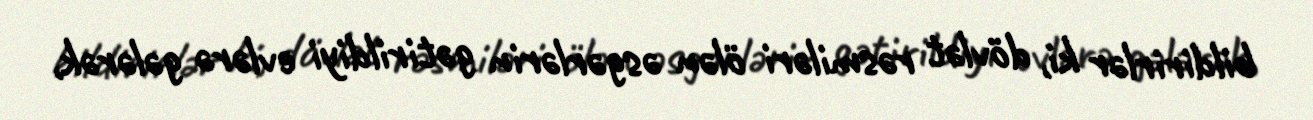
bildirirlər ki, dövlət rəsmiləri ölən əsgərlərin gətirildiyi evlərə gələrək,